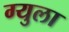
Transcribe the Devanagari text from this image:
ग्युला